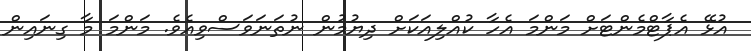
އުޅޭ އެޕާޓްމެންޓަށް މަންމަ އެހާ ކުއްލިއަކަށް ދިޔުމުން ނުތަނަވަސްވިއެވެ. މަންމަ މާ ގިނައިން